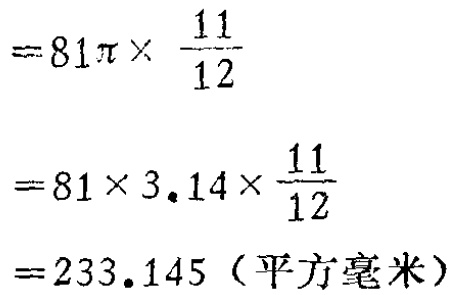
\[

\begin{align*}

&=81\pi\times\frac{11}{12}\\

&=81\times3.14\times\frac{11}{12}\\

&=233.145（\text{平方毫米}）

\end{align*}

\]